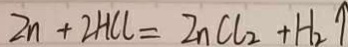
Z n + 2 H C l = Z n C l _ { 2 } + H _ { 2 } \uparrow